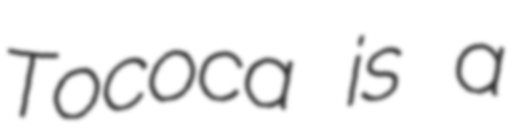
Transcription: Tococa is a